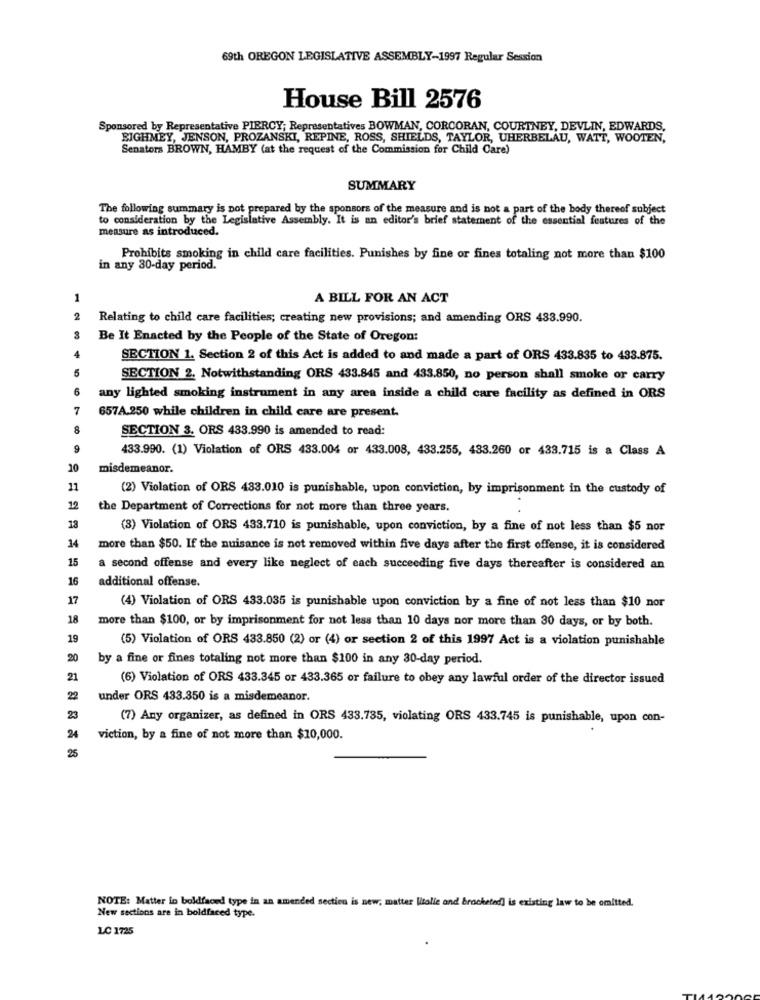
69th OREGON LEGISLATIVE ASSEMBLY-1997 Regular Session
House Bill 2576
Sponsored by Representative PIERCY; Representatives BOWMAN, CORCORAN, COURTNEY, DEVLIN, EDWARDS,
BIGHMEY, JENSON, PROZANSKI, REPINE, ROSS, SHIELDS, TAYLOR, UHERBELAU, WATT, WOOTEN,
Senators BROWN, HAMBY (at the request of the Commission for Child Care)
SUMMARY
The following summary is pot prepared by the sponsors of the measure and is not a part of the body thereof subject
to consideration by the Legislative Assembly. It is an editor's brief statement of the essential features of the
measure as introduced.
Prohibits smoking in child care facilities. Punishes by fine or fines totaling not more than $100
in any 30-day period.
1
A BILL FOR AN ACT
2
Relating to child care facilities; creating new provisions; and amending ORS 433.990.
Be It Enacted by the People of the State of Oregon:
4
SECTION 1. Section 2 of this Act is added to and made a part of ORS 433.835 to 433.875.
5
SECTION 2. Notwithstanding ORS 433.845 and 433.850, no person shall smoke or carry
6
any lighted smoking instrument in any area inside a child care facility as defined in ORS
7
657A.250 while children in child care are present.
8
SECTION 3. ORS 433.990 is amended to read:
9
433.990. (1) Violation of ORS 433.004 or 433.008, 433.255, 433.260 or 433.715 is a Class A
10
misdemeanor.
11
(2) Violation of ORS 433.010 is punishable, upon conviction, by imprisonment in the custody of
12
the Department of Corrections for not more than three years.
18
(3) Violation of ORS 433.710 is punishable, upon conviction, by a fine of not less than $5 nor
14
more than $50. If the nuisance is not removed within five days after the first offense, it is considered
15
a second offense and every like neglect of each succeeding five days thereafter is considered an
16
additional offense.
17
(4) Violation of ORS 433.035 is punishable upon conviction by a fine of not less than $10 nor
18
more than $100, or by imprisonment for not less than 10 days nor more than 30 days, or by both.
19
(5) Violation of ORS 433.850 (2) or (4) or section 2 of this 1997 Act is a violation punishable
20
by a fine or fines totaling not more than $100 in any 30-day period.
21
(6) Violation of ORS 433.345 or 433.365 or failure to obey any lawful order of the director issued
22
under ORS 433.350 is a misdemeanor.
23
(7) Any organizer, as defined in ORS 433.735, violating ORS 433.745 is punishable, upon con-
24
viction, by a fine of not more than $10,000.
25
NOTE: Matter in bokdfaced type in as amended section is new; matter litalie and bracketed is existing law to be omitted.
New sections are in boldfaced type.
LC 1725